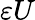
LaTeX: {\varepsilon}U